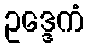
ဥဒ္ဒေကံ